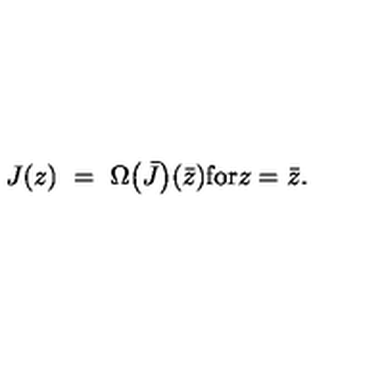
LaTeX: J ( z ) \ = \ \Omega \bigl ( \bar { J } \bigr ) ( \bar { z } ) \mathrm { f o r } z = \bar { z } .